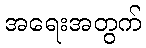
အရေးအတွက်